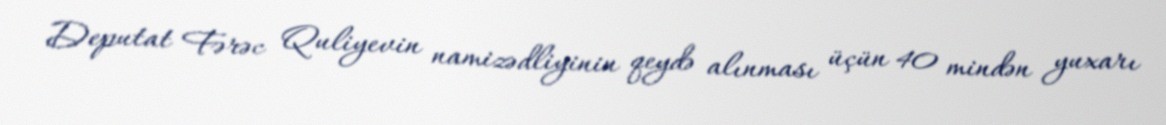
Deputat Fərəc Quliyevin namizədliyinin qeydə alınması üçün 40 mindən yuxarı